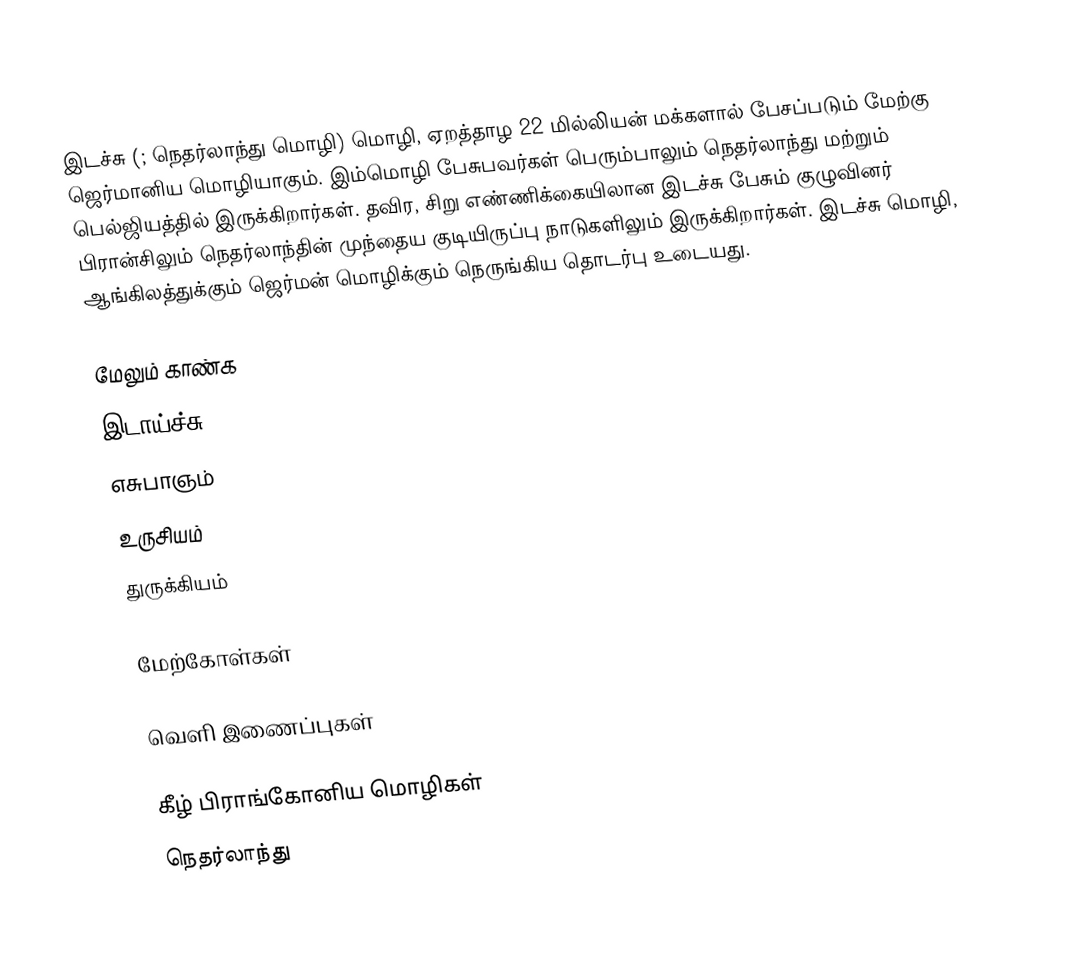
இடச்சு (; நெதர்லாந்து மொழி) மொழி, ஏறத்தாழ 22 மில்லியன் மக்களால் பேசப்படும் மேற்கு ஜெர்மானிய மொழியாகும். இம்மொழி பேசுபவர்கள் பெரும்பாலும் நெதர்லாந்து மற்றும் பெல்ஜியத்தில் இருக்கிறார்கள். தவிர, சிறு எண்ணிக்கையிலான இடச்சு பேசும் குழுவினர் பிரான்சிலும் நெதர்லாந்தின் முந்தைய குடியிருப்பு நாடுகளிலும் இருக்கிறார்கள். இடச்சு மொழி, ஆங்கிலத்துக்கும் ஜெர்மன் மொழிக்கும் நெருங்கிய தொடர்பு உடையது.

மேலும் காண்க
 இடாய்ச்சு
 எசுபாஞம்
 உருசியம்
 துருக்கியம்

மேற்கோள்கள்

வெளி இணைப்புகள்

கீழ் பிராங்கோனிய மொழிகள்
நெதர்லாந்து